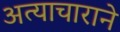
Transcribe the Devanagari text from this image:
अत्याचाराने